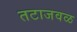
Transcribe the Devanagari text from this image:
तटाजवळ